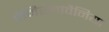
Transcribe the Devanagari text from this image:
पेनिस्लावैनिया